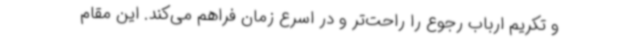
و تکریم ارباب رجوع را راحت‌تر و در اسرع زمان فراهم می‌کند. این مقام